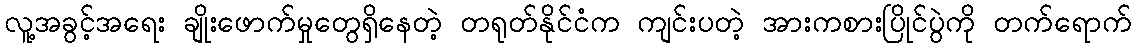
လူ့အခွင့်အရေး ချိုးဖောက်မှုတွေရှိနေတဲ့ တရုတ်နိုင်ငံက ကျင်းပတဲ့ အားကစားပြိုင်ပွဲကို တက်ရောက်